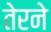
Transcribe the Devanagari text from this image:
तेरने